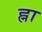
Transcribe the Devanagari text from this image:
ह्ना